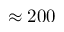
\approx 2 0 0